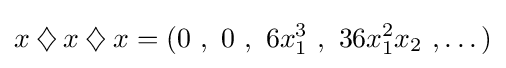
x\mathbin {\diamondsuit } x\mathbin {\diamondsuit } x=(0\ ,\ 0\ ,\ 6x_{1}^{3}\ ,\ 36x_{1}^{2}x_{2}\ ,\dots )